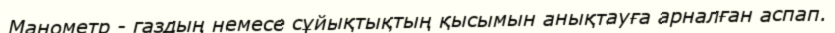
Манометр - газдың немесе сұйықтықтың қысымын анықтауға арналған аспап.